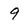
Character: 9